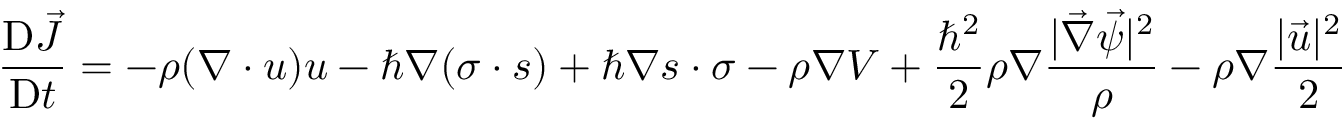
\frac { \mathrm { D } \vec { J } } { \mathrm { D } t } = - \rho ( \boldsymbol { \nabla } \cdot \boldsymbol { u } ) \boldsymbol { u } - \hbar \boldsymbol { \nabla } ( \boldsymbol { \sigma } \cdot \boldsymbol { s } ) + \hbar \boldsymbol { \nabla } \boldsymbol { s } \cdot \boldsymbol { \sigma } - \rho \boldsymbol { \nabla } V + \frac { { \hbar } ^ { 2 } } { 2 } \rho \boldsymbol { \nabla } \frac { | \vec { \nabla } \vec { \psi } | ^ { 2 } } { \rho } - \rho \boldsymbol { \nabla } \frac { | \vec { u } | ^ { 2 } } { 2 }